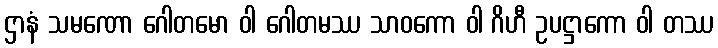
ဌာနံ သမဏော ဂေါတမော ဝါ ဂေါတမဿ သာဝကော ဝါ ဂိဟီ ဥပဋ္ဌာကော ဝါ တဿ